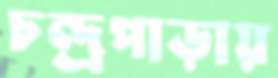
চন্দ্রপাড়ায়